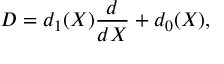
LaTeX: D = d _ { 1 } ( X ) \frac { d } { d X } + d _ { 0 } ( X ) ,